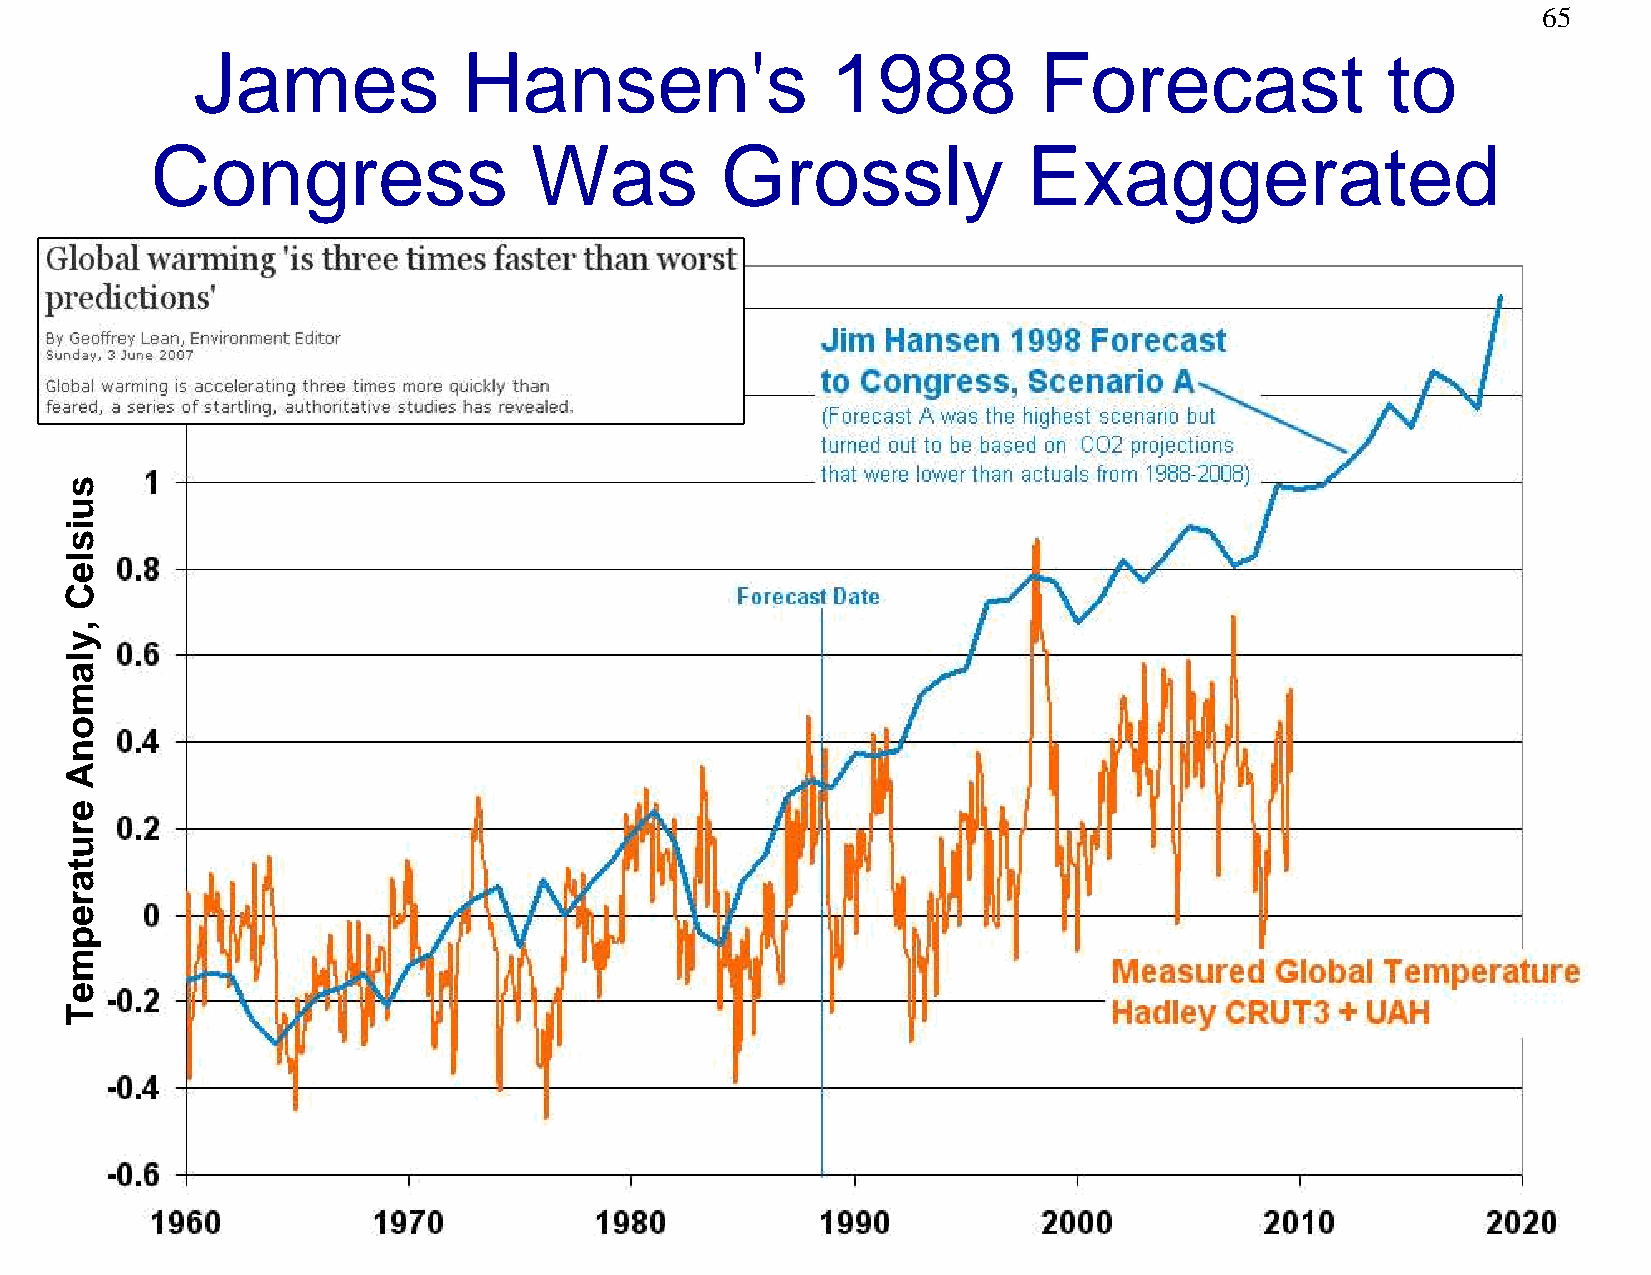
65
 James             Hansen's                1988          Forecast               to
 Congress                 Was          Grossly             Exaggerated
 suisleC
 ,ylamonA
 erutarepmeT